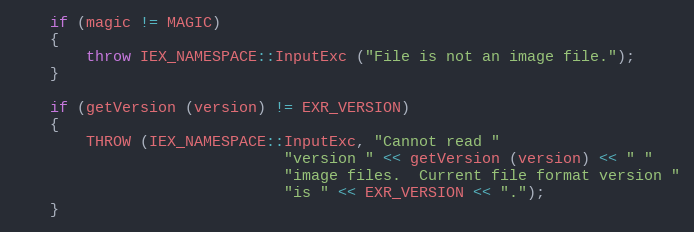
Language: C++
    if (magic != MAGIC)
    {
        throw IEX_NAMESPACE::InputExc ("File is not an image file.");
    }

    if (getVersion (version) != EXR_VERSION)
    {
        THROW (IEX_NAMESPACE::InputExc, "Cannot read "
                              "version " << getVersion (version) << " "
                              "image files.  Current file format version "
                              "is " << EXR_VERSION << ".");
    }